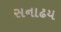
સનાઢય